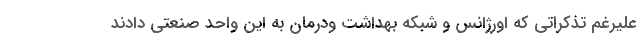
علیرغم تذکراتی که اورژانس و شبکه بهداشت ودرمان به این واحد صنعتی دادند